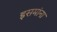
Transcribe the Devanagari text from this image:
इसमांना